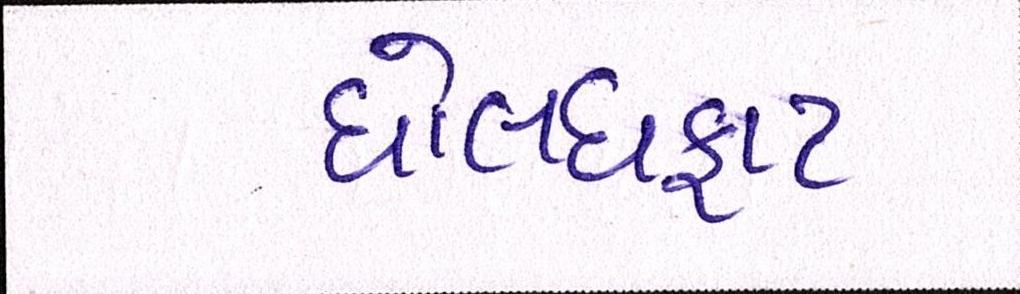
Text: ધોલધફાટ